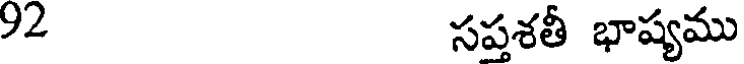
92 సప్తశతీ భాష్యము